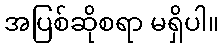
အပြစ်ဆိုစရာ မရှိပါ။